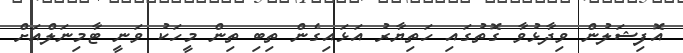
އޮފިޝަލުން ވިދާޅުވާ ގޮތުގައި ހަތިޔާރު އަޅައިގެން ތިބި ތިން މީހަކު ވަނީ ޓާމިނަލްއަށް